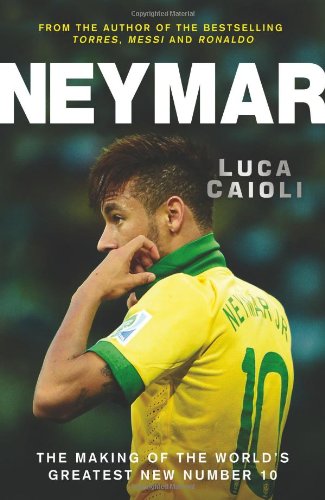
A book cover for Neymar: The Making of the World's Greatest New Number 10; Luca Caioli; Biographies & Memoirs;